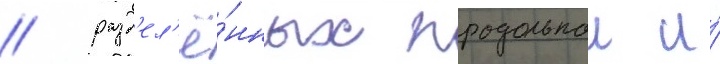
/ разд'ел'ё́нных продольнои и́